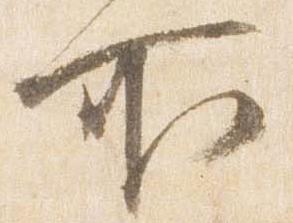
所